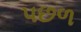
પછળ